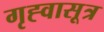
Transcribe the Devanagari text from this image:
गृह्वासूत्र